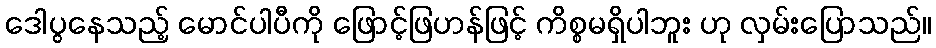
ဒေါပွနေသည့် မောင်ပါပီကို ဖြောင့်ဖြဟန်ဖြင့် ကိစ္စမရှိပါဘူး ဟု လှမ်းပြောသည်။